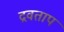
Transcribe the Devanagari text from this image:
द्रवताप